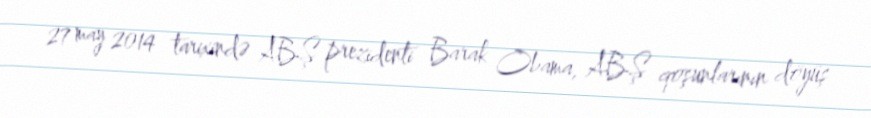
27 may 2014 tarixində ABŞ prezidenti Barak Obama, ABŞ qoşunlarının döyüş